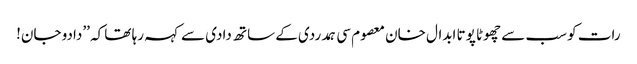
رات کو سب سے چھوٹا پوتا ابدال خان معصوم سی ہمدردی کے ساتھ دادی سے کہہ رہا تھا کہ ’’دادو جان!